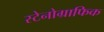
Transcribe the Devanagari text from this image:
स्टेनोग्राफिक